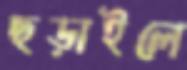
ছড়াইলে